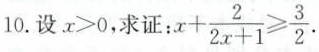
10.设$$x > 0$$，求证：$$x + \frac { 2 } { 2 x + 1 } ≥ \frac { 3 } { 2 }$$.